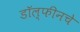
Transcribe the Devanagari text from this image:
डॉल्फीनचे